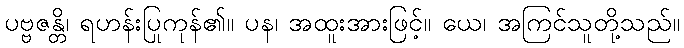
ပဗ္ဗဇန္တိ၊ ရဟန်းပြုကုန်၏။ ပန၊ အထူးအားဖြင့်။ ယေ၊ အကြင်သူတို့သည်။